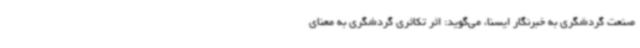
صنعت گردشگری به خبرنگار ایسنا، می‌گوید: اثر تکاثری گردشگری به معنای